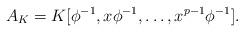
LaTeX: \begin{align*} A_K = K[\phi^{-1}, x\phi^{-1},\ldots, x^{p-1}\phi^{-1}]. \end{align*}